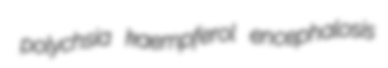
polychsia kaempferol encephalosis